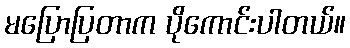
မပြောပြတာက ပိုကောင်းပါတယ်။